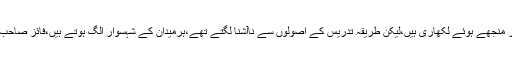
عبدالمنعم فائز صاحب بلاشبہ فن کے ماہر اور منجھے ہوئے لکھاری ہیں،لیکن طریقہ تدریس کے اصولوں سے ناآشنا لگتے تھے،ہرمیدان کے شہسوار الگ ہوتے ہیں،فائز صاحب تدریس کے میدان کے آدمی قطعا نہیں تھے۔